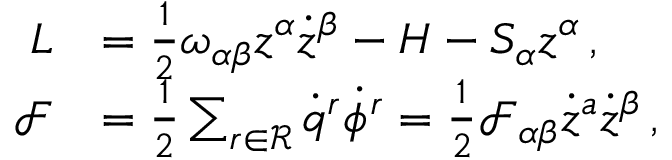
\begin{array} { r l } { L } & { = \frac { 1 } { 2 } \omega _ { \alpha \beta } z ^ { \alpha } \dot { z } ^ { \beta } - H - S _ { \alpha } { z } ^ { \alpha } \, , } \\ { \mathcal { F } } & { = \frac { 1 } { 2 } \sum _ { r \in \mathcal { R } } \dot { q } ^ { r } \dot { \phi } ^ { r } = \frac { 1 } { 2 } \mathcal { F } _ { \alpha \beta } \dot { z } ^ { a } \dot { z } ^ { \beta } \, , } \end{array}